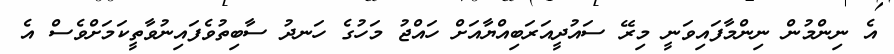
އެ ނިންމުން ނިންމާފައިވަނީ މިރޭ ސައުދީއަރަބިއްޔާއަށް ހައްޖު މަހުގެ ހަނދު ސާބިތުވެފައިނުވާތީކަމަށްވެސް އެ